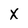
Character: X